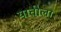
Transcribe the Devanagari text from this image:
यातीला